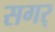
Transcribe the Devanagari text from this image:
सगर्